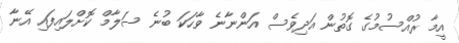
އީމާ ރުއްސުމުގެ ގޮތުން އަދިވެސް އަންނާނެ ވާހަކަ ބުނެ ސަލާމް ކޮށްލައިފައި އޭނާ